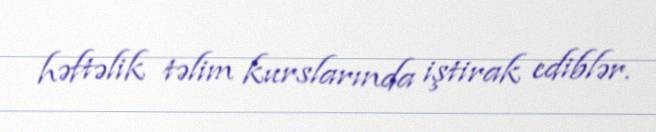
həftəlik təlim kurslarında iştirak ediblər.